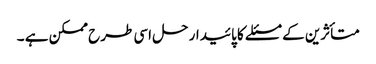
متأثرین کے مسئلے کا پائیدار حل اسی طرح ممکن ہے ۔